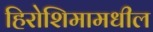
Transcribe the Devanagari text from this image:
हिरोशिमामधील